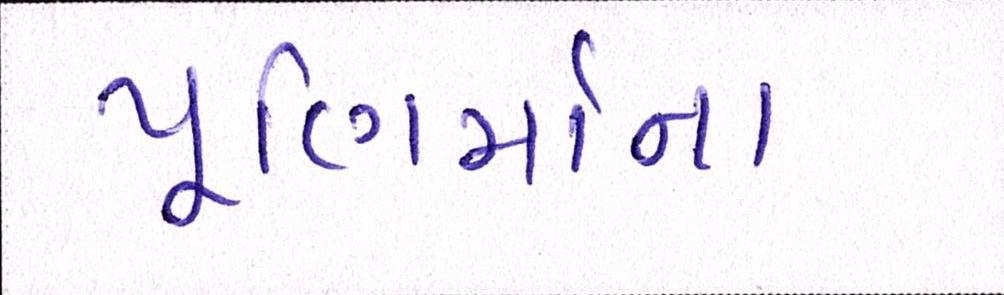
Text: પૂણિર્માના